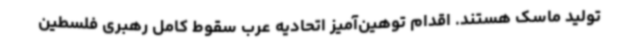
تولید ماسک هستند. اقدام توهین‌آمیز اتحادیه عرب سقوط کامل رهبری فلسطین